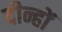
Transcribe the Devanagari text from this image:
दीन्हों